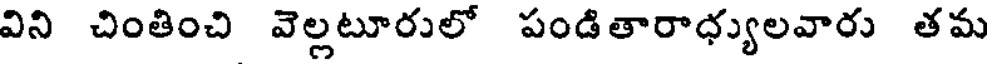
విని చింతించి వెల్లటూరులో పండితారాధ్యులవారు తమ